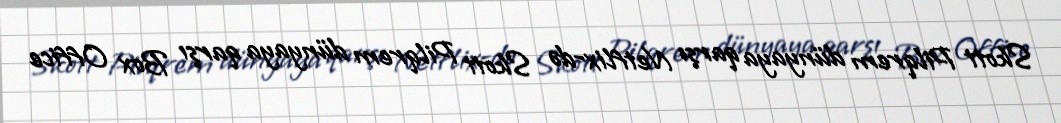
Skott Pilqrem dünyaya qarşı Netflix-də Skott Pilqrem dünyaya qarşı Box Office